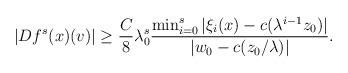
\begin{align*}|Df^{s}(x)(v)|\geq \frac{C}{8} \lambda_0^s \frac{\min_{i=0}^{s}|\xi_{i}(x)-c(\lambda^{i-1}z_0)|}{|w_0-c(z_{0}/\lambda)|}.\end{align*}